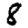
Digit: 8